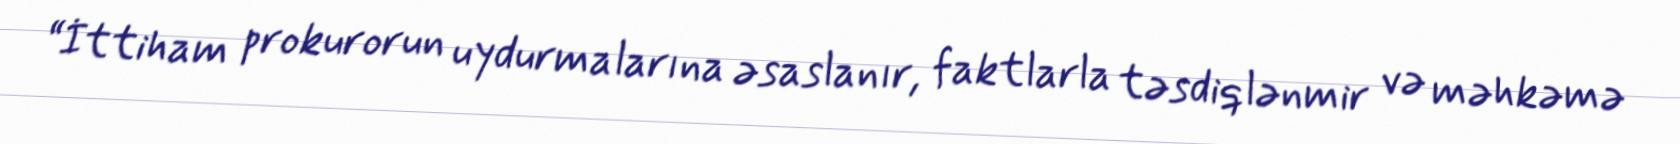
“İttiham prokurorun uydurmalarına əsaslanır, faktlarla təsdiqlənmir və məhkəmə